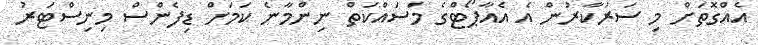
އެއްގޮތަށް މި ސަރުކާރުން އެ އެއާޕޯޓްގެ މަސައްކަތް ނިންމާނެ ކަމަށް ޑިފެންސް މިނިސްޓަރު